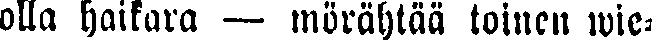
olla haikara — mörähtää toinen wie-